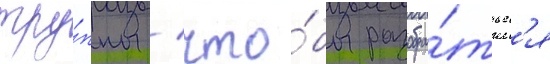
тру́ппы / что́бы разобра́тьс'я